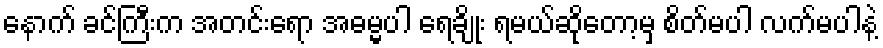
နောက် ခင်ကြီးက အတင်းရော အဓမ္မပါ ရေချိုး ရမယ်ဆိုတော့မှ စိတ်မပါ လက်မပါနဲ့